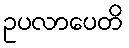
ဥပလာပေတိ